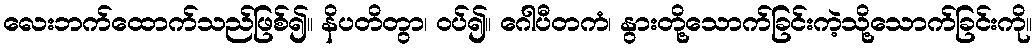
လေးဘက်ထောက်သည်ဖြစ်၍။ နိပတိတွာ၊ ဝပ်၍။ ဂေါပီတကံ၊ နွားတို့သောက်ခြင်းကဲ့သို့သောက်ခြင်းကို။